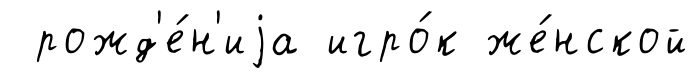
рожд'е́н'иjа игро́к же́нской